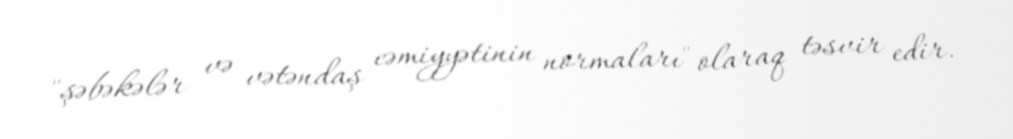
"şəbəkələr və vətəndaş cəmiyyətinin normaları" olaraq təsvir edir.